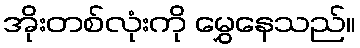
အိုးတစ်လုံးကို မွှေနေသည်။